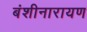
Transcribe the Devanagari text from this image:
बंशीनारायण